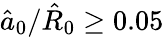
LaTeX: \hat{a}_{0}/\hat{R}_{0}\geq 0.05